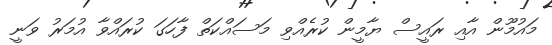
މައުމޫން އާއި ރައީސް ޔާމީން ކުރެއްވި މަސައްކަތް ފާހަގަ ކުރައްވާ އުމަރު ވަނީ